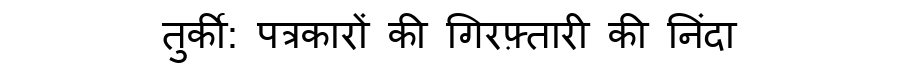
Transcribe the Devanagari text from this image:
तुर्की: पत्रकारों की गिरफ़्तारी की निंदा